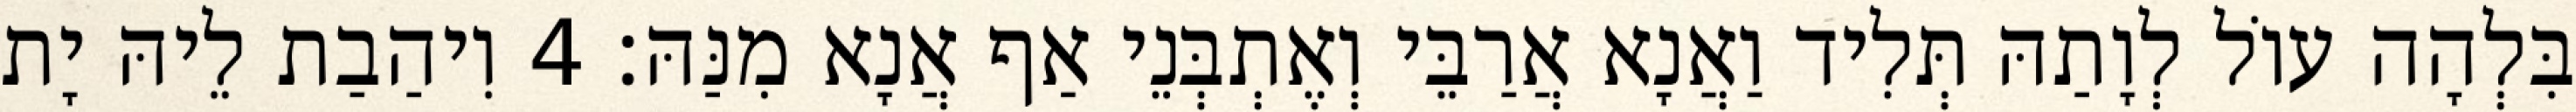
בִּלְהָה עוֹל לְוָתַהּ תְּלִיד וַאֲנָא אֲרַבֵּי וְאֶתְבְּנֵי אַף אֲנָא מִנַּהּ׃ 4 וִיהַבַת לֵיהּ יָת